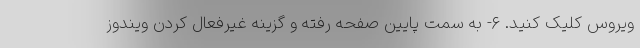
ویروس کلیک کنید. ۶- به سمت پایین صفحه رفته و گزینه غیرفعال کردن ویندوز